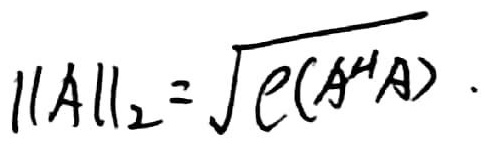
\[\|A\|_{2}=\sqrt{e(A^{H}A)}\]